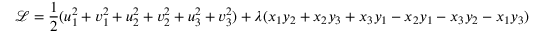
\mathcal { L } = \frac { 1 } { 2 } ( u _ { 1 } ^ { 2 } + v _ { 1 } ^ { 2 } + u _ { 2 } ^ { 2 } + v _ { 2 } ^ { 2 } + u _ { 3 } ^ { 2 } + v _ { 3 } ^ { 2 } ) + \lambda ( x _ { 1 } y _ { 2 } + x _ { 2 } y _ { 3 } + x _ { 3 } y _ { 1 } - x _ { 2 } y _ { 1 } - x _ { 3 } y _ { 2 } - x _ { 1 } y _ { 3 } )